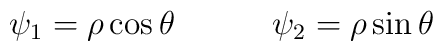
\psi_1=\rho \cos \theta \qquad \quad \psi_2 = \rho \sin \theta